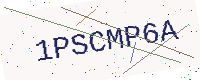
Text: 1PSCMP6A